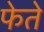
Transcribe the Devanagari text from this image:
फेते